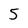
Character: 5